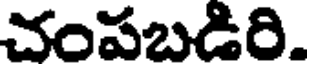
చంపబడీరి.